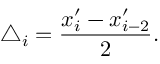
\triangle _ { i } = \frac { x _ { i } ^ { \prime } - x _ { i - 2 } ^ { \prime } } { 2 } .